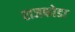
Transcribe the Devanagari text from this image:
राजफोडा